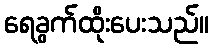
ရေခွက်ထိုးပေးသည်။